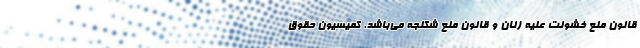
قانون منع خشونت علیه زنان و قانون منع شکنجه می‌باشد. کمیسیون حقوق